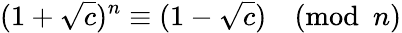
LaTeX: (1+{\sqrt{c}})^{n}\equiv(1-{\sqrt{c}}){\pmod{n}}